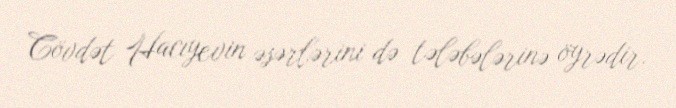
Cövdət Hacıyevin əsərlərini də tələbələrinə öyrədir.